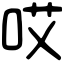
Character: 哎